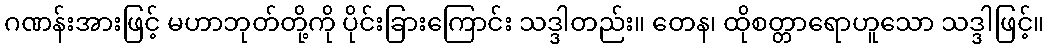
ဂဏန်းအားဖြင့် မဟာဘုတ်တို့ကို ပိုင်းခြားကြောင်း သဒ္ဒါတည်း။ တေန၊ ထိုစတ္တာရောဟူသော သဒ္ဒါဖြင့်။